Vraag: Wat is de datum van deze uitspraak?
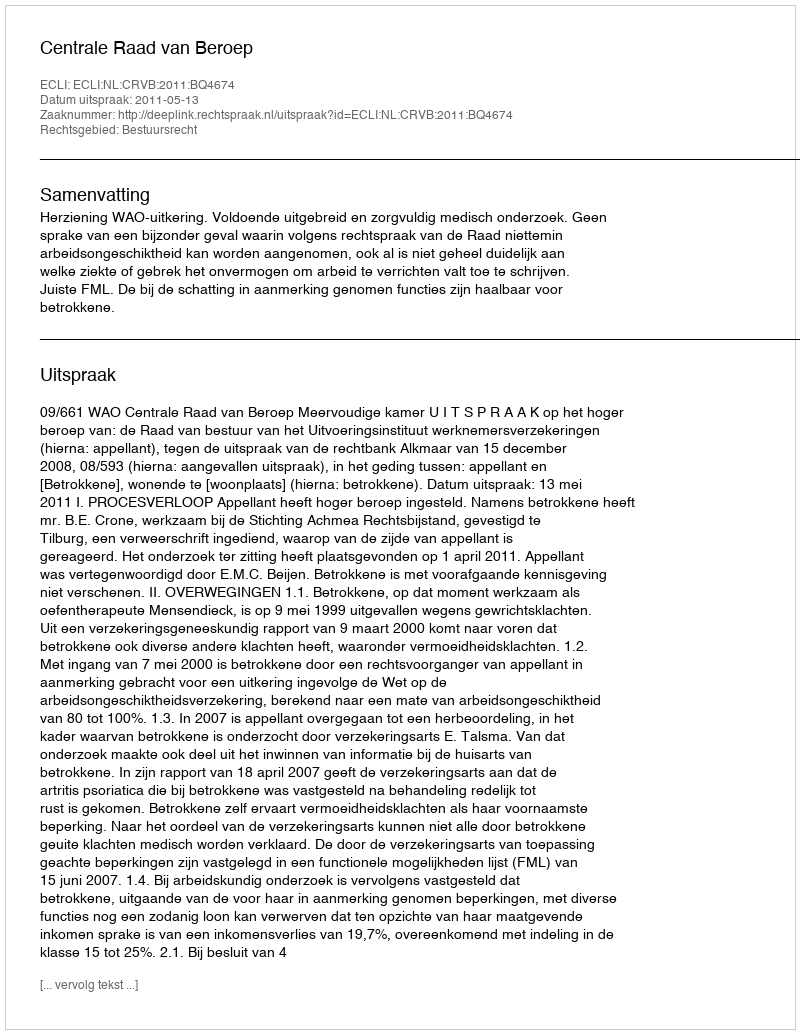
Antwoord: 2011-05-13